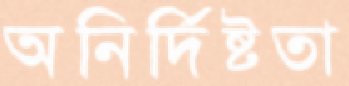
অনির্দিষ্টতা